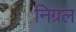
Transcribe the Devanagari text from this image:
निग्रल